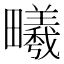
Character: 𪽦